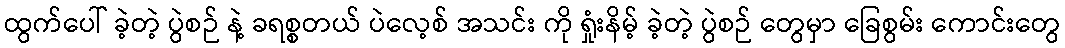
ထွက်ပေါ် ခဲ့တဲ့ ပွဲစဉ် နဲ့ ခရစ္စတယ် ပဲလေ့စ် အသင်း ကို ရှုံးနိမ့် ခဲ့တဲ့ ပွဲစဉ် တွေမှာ ခြေစွမ်း ကောင်းတွေ